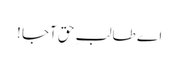
اے طالبِ حق آجا !